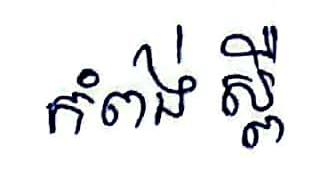
កំពង់ស្ពឺ